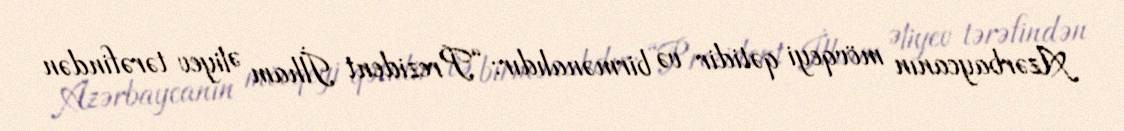
Azərbaycanın mövqeyi qətidir və birmənalıdır: “Prezident İlham Əliyev tərəfindən